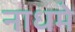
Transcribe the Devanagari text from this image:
नाधमे